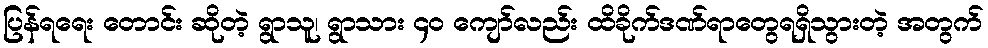
ပြန်ရရေး တောင်း ဆိုတဲ့ ရွာသူ၊ ရွာသား ၄၀ ကျော်လည်း ထိခိုက်ဒဏ်ရာတွေရရှိသွားတဲ့ အတွက်